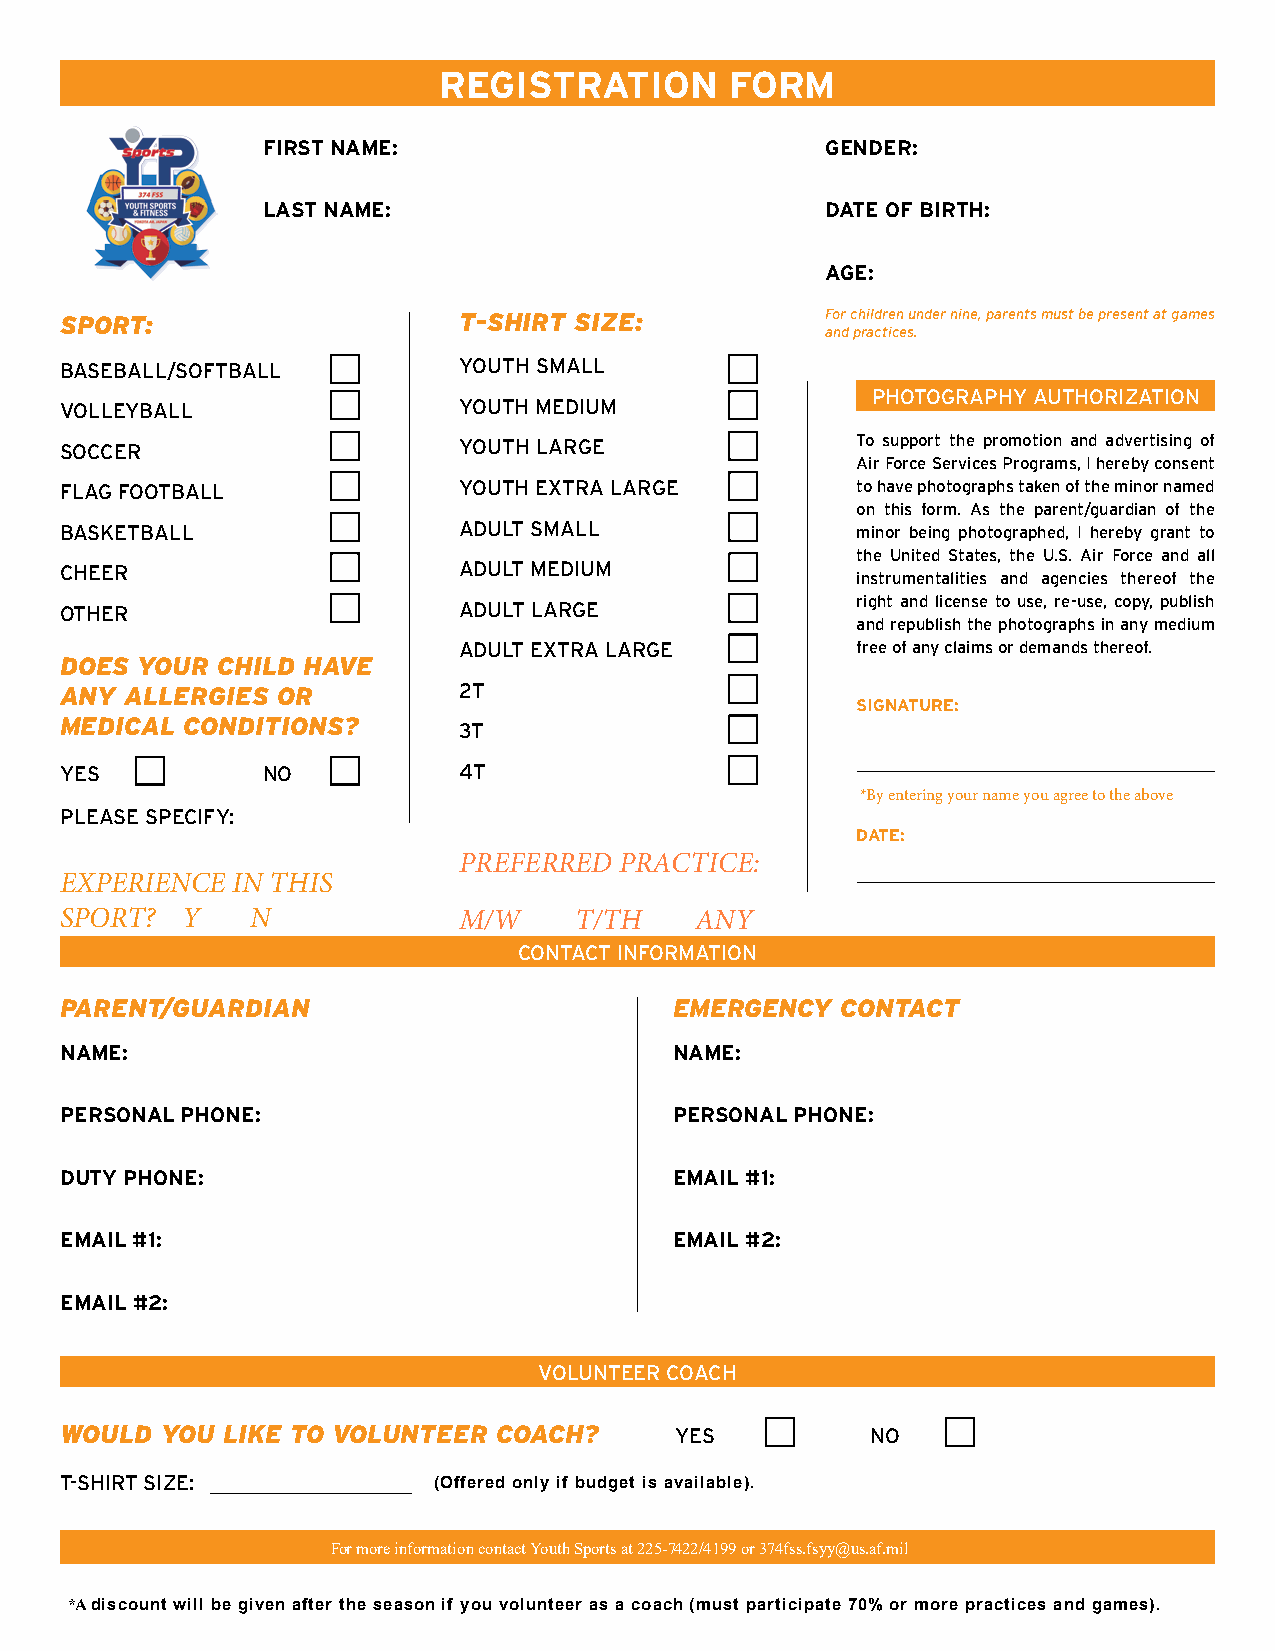
RegistRation       FoRm
 FiRst name:                           gendeR:
 Last name:                            date oF BiRth:
 age:
 sPort:                    t-shirt size:            For children under nine, parents must be present at games
 and practices.
 BASeBAll/SOFTBAll         YOuTh SMAll
 PhOTOgRAPhY AuThORIzATION
 VOlleYBAll                YOuTh MeDIuM
 SOCCeR                    YOuTh lARge                To support the promotion and advertising of
 Air Force Services Programs, I hereby consent
 FlAg FOOTBAll             YOuTh exTRA lARge          to have photographs taken of the minor named
 on this form. As the parent/guardian of the
 BASkeTBAll                ADulT SMAll                minor being photographed, I hereby grant to
 the united States, the u.S. Air Force and all
 CheeR                     ADulT MeDIuM
 instrumentalities and agencies thereof the
 OTheR                     ADulT lARge                right and license to use, re-use, copy, publish
 and republish the photographs in any medium
 ADulT exTRA lARge          free of any claims or demands thereof.
 does your child have
 any allerGies or          2T
 signatuRe:
 medical conditions?       3T
 YeS          NO           4T
 *By entering your name you agree to the above
 PleASe SPeCIFY:
 date:
 PREFERRED  PRACTICE:
 EXPERIENCE IN THIS
 SPORT?  Y    N            M/W     T/TH    ANY
 CONTACT INFORMATION
 Parent/Guardian                          emerGency  contact
 name:                                    name:
 PeRsonaL Phone:                          PeRsonaL Phone:
 duty Phone:                              emaiL #1:
 emaiL #1:                                emaiL #2:
 emaiL #2:
 VOluNTeeR COACh
 Would  you like to volunteer coach?      YeS          NO
 T-ShIRT SIze:            (Offered only if budget is available).
 For more information contact Youth Sports at 225-7422/4199 or 374fss.fsyy@us.af.mil
 A **A discount will be given after the season if you volunteer as a coach (must participate 70% or more practices and games).